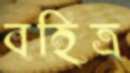
বহিত্র